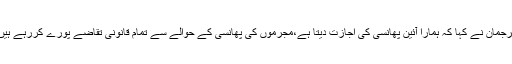
ترجمان نے کہا کہ ہمارا آئین پھانسی کی اجازت دیتا ہے،مجرموں کی پھانسی کے حوالے سے تمام قانونی تقاضے پورے کررہے ہیں۔